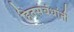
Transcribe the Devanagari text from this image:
हितसंबंधांनी